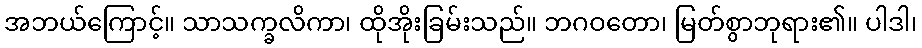
အဘယ်ကြောင့်။ သာသက္ခလိကာ၊ ထိုအိုးခြမ်းသည်။ ဘဂဝတော၊ မြတ်စွာဘုရား၏။ ပါဒါ၊